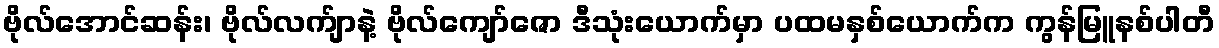
ဗိုလ်အောင်ဆန်း၊ ဗိုလ်လက်ျာနဲ့ ဗိုလ်ကျော်ဇော ဒီသုံးယောက်မှာ ပထမနှစ်ယောက်က ကွန်မြူနစ်ပါတီ